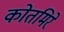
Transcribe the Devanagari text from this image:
कोतमिरे